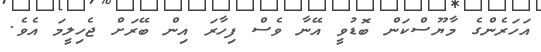
އަހަރެންގެ މާޔޫސްކަން ބޮޑުވީ އޭނާ ވެސް ފިހާރަ އިން ބޭރަށް ޖެހިލީމަ އެވެ.